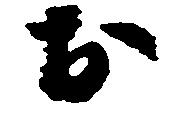
お